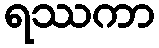
ရဿကာ